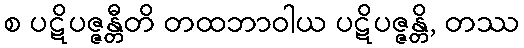
စ ပဋိပဇ္ဇန္တီတိ တထဘာဝါယ ပဋိပဇ္ဇန္တိ, တဿ